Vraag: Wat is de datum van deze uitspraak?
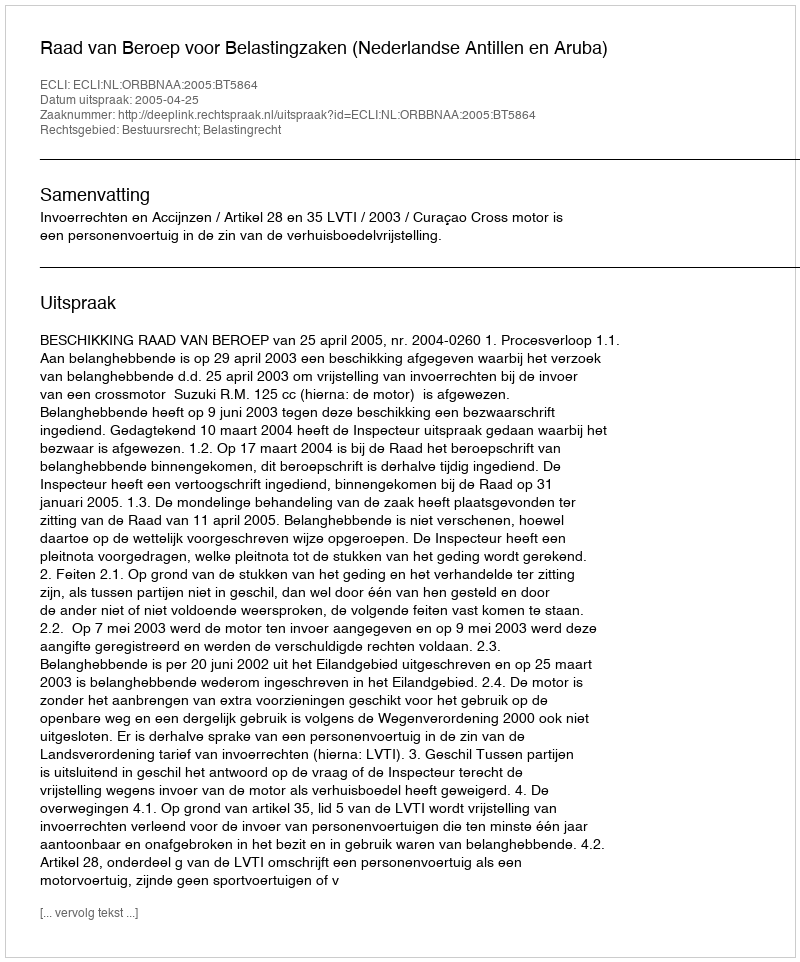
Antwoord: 2005-04-25